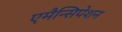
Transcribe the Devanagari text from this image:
एमैन्सिपेशन